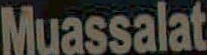
Muassalat